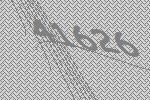
41626